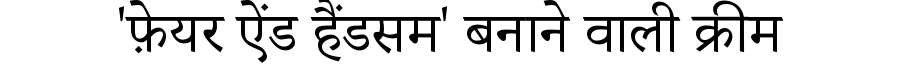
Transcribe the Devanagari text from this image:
'फ़ेयर ऐंड हैंडसम' बनाने वाली क्रीम